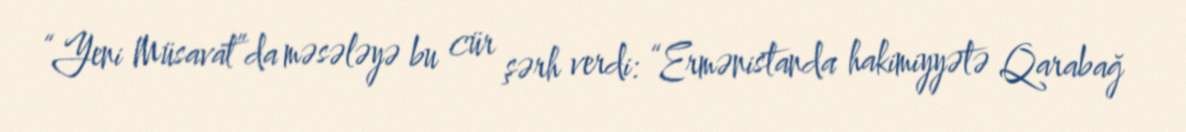
“Yeni Müsavat”da məsələyə bu cür şərh verdi: “Ermənistanda hakimiyyətə Qarabağ